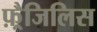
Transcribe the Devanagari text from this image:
फ़्रैजिलिस